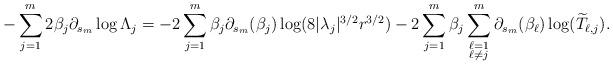
LaTeX: \begin{align*}-\sum_{j=1}^{m} 2\beta_{j} \partial_{s_{m}} \log \Lambda_{j} = -2 \sum_{j=1}^{m} \beta_{j} \partial_{s_{m}}(\beta_{j}) \log (8|\lambda_{j}|^{3/2}r^{3/2}) -2\sum_{j=1}^{m} \beta_{j} \sum_{\substack{\ell = 1 \\ \ell \neq j}}^{m} \partial_{s_{m}}(\beta_{\ell})\log(\widetilde{T}_{\ell,j}).\end{align*}